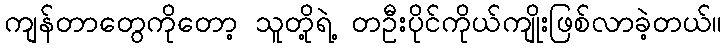
ကျန်တာတွေကိုတော့ သူတို့ရဲ့ တဦးပိုင်ကိုယ်ကျိုးဖြစ်လာခဲ့တယ်။